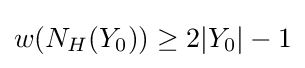
w(N_{H}(Y_{0}))\geq 2|Y_{0}|-1